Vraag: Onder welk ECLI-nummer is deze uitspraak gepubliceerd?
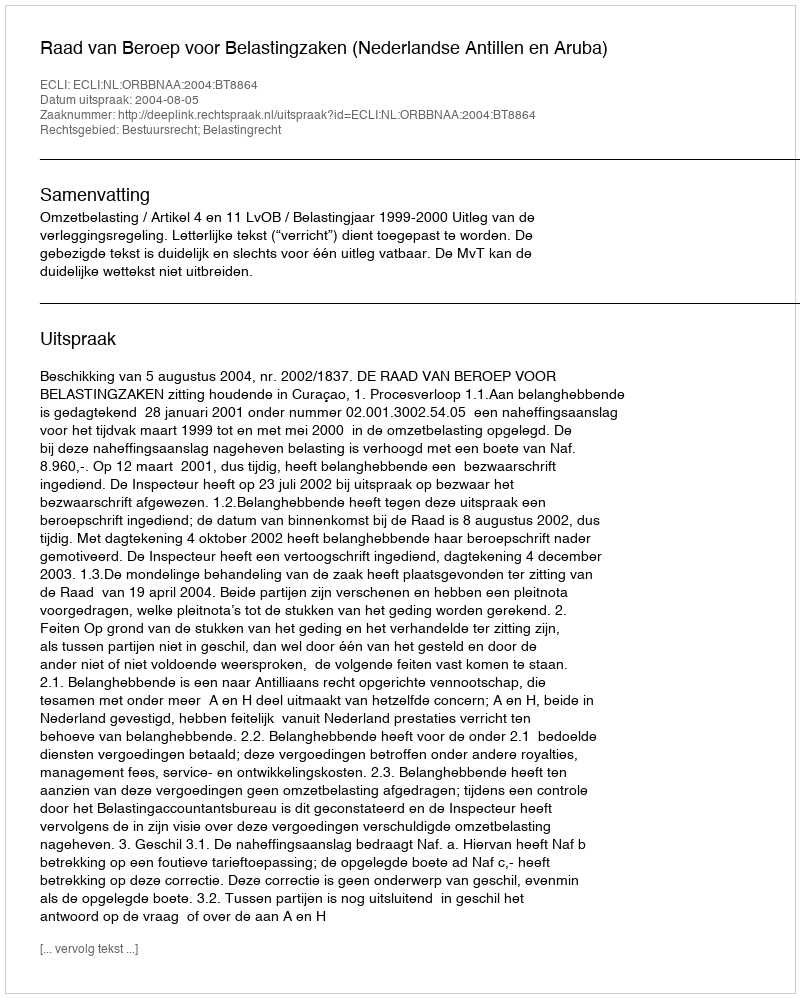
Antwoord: ECLI:NL:ORBBNAA:2004:BT8864